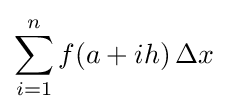
\sum _{i=1}^{n}f(a+ih)\,\Delta x